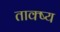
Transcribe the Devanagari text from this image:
ताक्ष्य